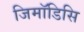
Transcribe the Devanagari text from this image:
जिमॉडिसि